Indian Civil Veterinary Department memoirs
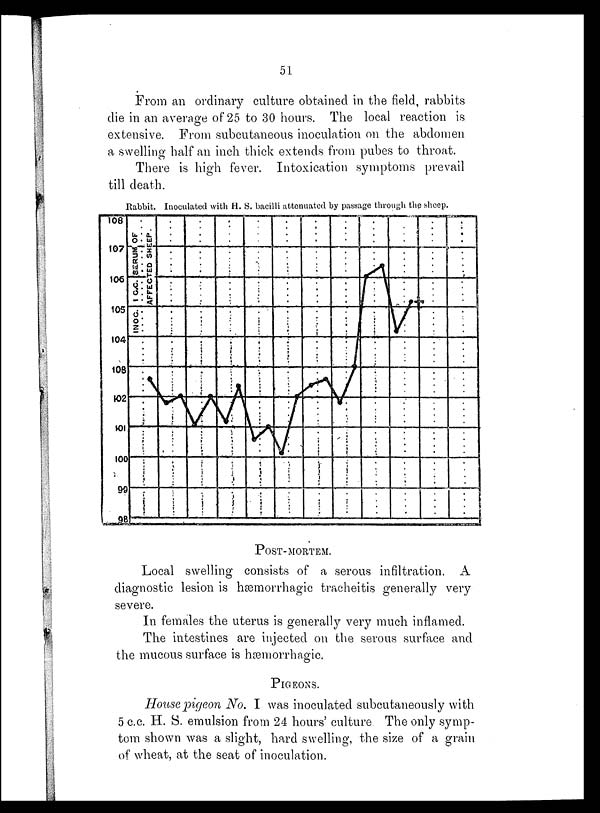
51
From an ordinary culture obtained in the field, rabbits
die in an average of 25 to 30 hours. The local reaction is
extensive. From subcutaneous inoculation on the abdomen
a swelling half an inch thick extends from pubes to throat.
There is high fever. Intoxication symptoms prevail
till death.
Rabbit. Inoculated with H. S. bacilli attenuated by passage through the sheep.
POST-MORTEM.
Local swelling consists of a serous infiltration. A
diagnostic lesion is hemorrhagic tracheitis generally very
severe.
In females the uterus is generally very much inflamed.
The intestines are injected on the serous surface and
the mucous surface is hæmorrhagic.
PIGEONS.
House pigeon No. I was inoculated subcutaneously with
5 c.c. H. S. emulsion from 24 hours' culture The only symp-
tom shown was a slight, hard swelling, the size of a grain
of wheat, at the seat of inoculation.